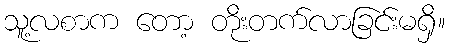
သူ့လစာက တော့ တိုးတက်လာခြင်းမရှိ။